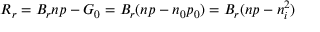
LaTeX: R _ { r } = B _ { r } n p - G _ { 0 } = B _ { r } ( n p - n _ { 0 } p _ { 0 } ) = B _ { r } ( n p - n _ { i } ^ { 2 } )